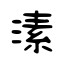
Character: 溸